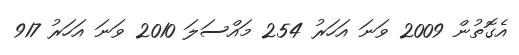
އެގޮތުން 2009 ވަނަ އަހަރު 254 މައްސަލަ 2010 ވަނަ އަހަރު 917